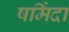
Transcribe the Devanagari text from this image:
षर्मिंदा